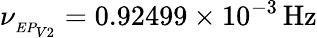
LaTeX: \nu_{_{EP_{V2}}}=0.92499\times 10^{-3}\, \mathrm{{Hz}}